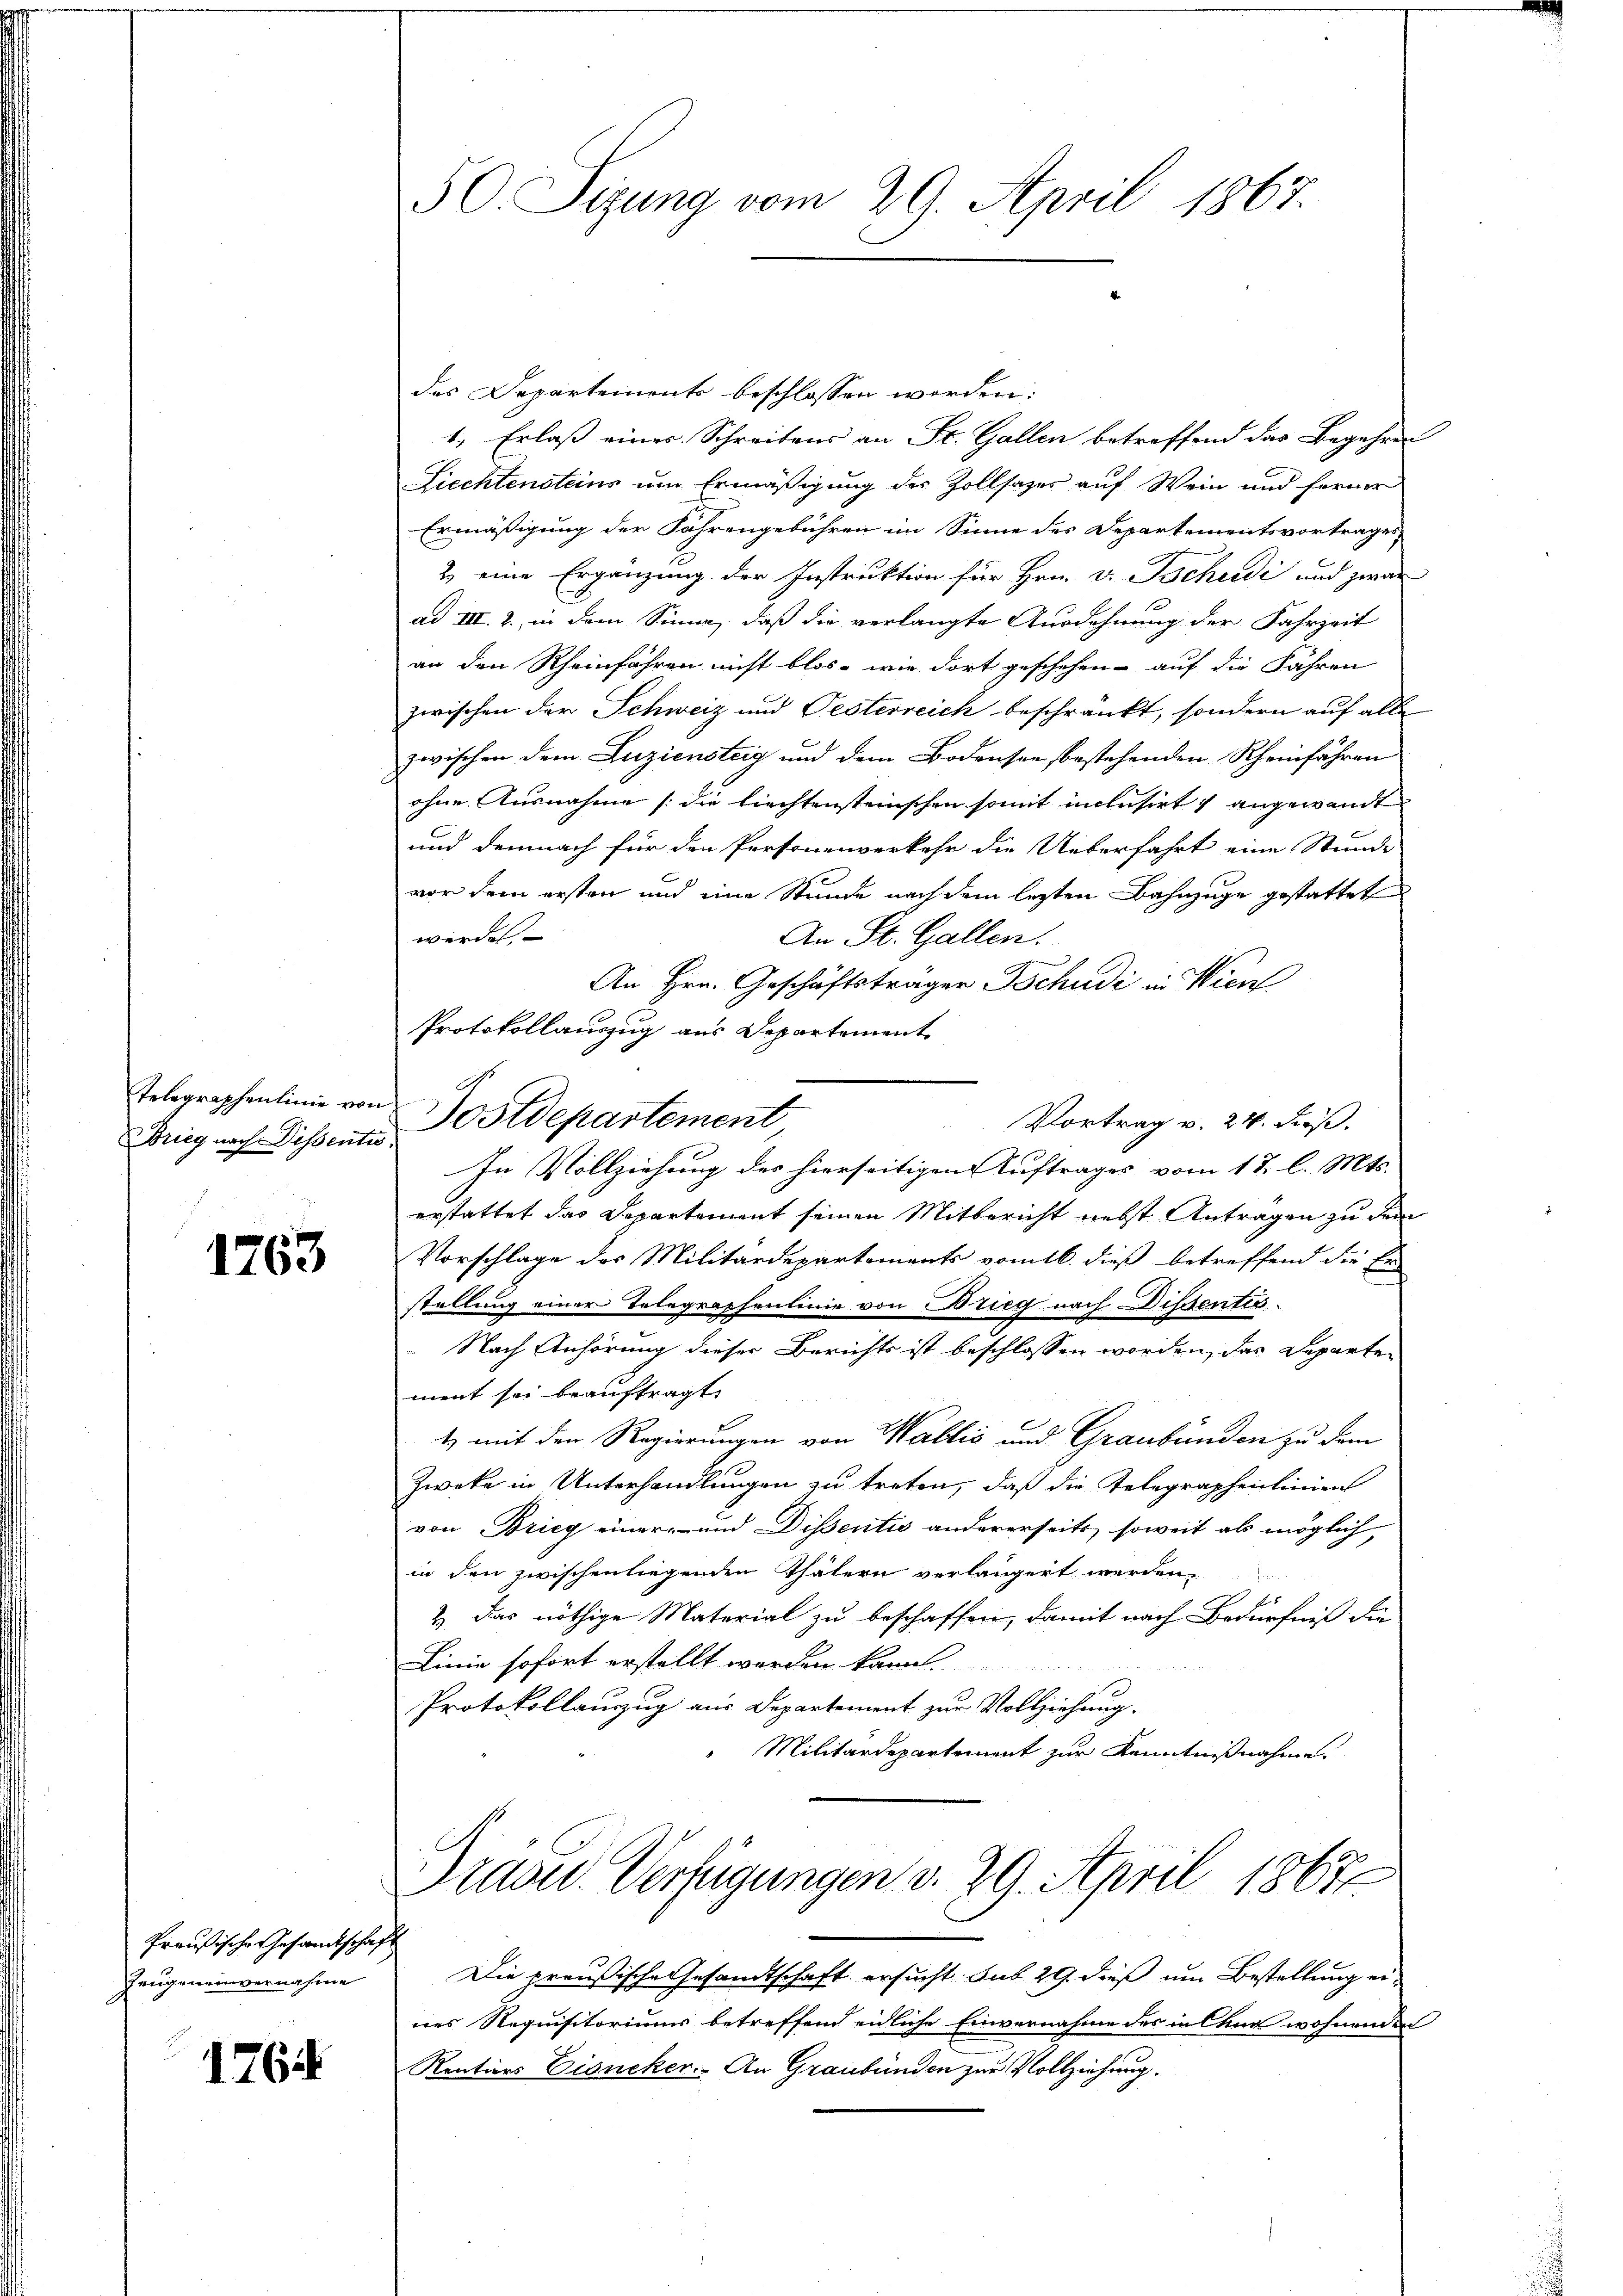
Brieg nach Dissent

1763

Preußische Gesandtschaft
Zeugeneinvernahme

1764

des Departements beschlossen worden:
1., Erlaß eines Schreibens an St. Gallen betreffend das Begehren
Liechtensteins um Ermäßigung des Zollsazes auf Wein und ferner
Ermäßigung der Jahrengebühren im Sinne des Departementsvortrages
2. eine Ergänzung der Instruktion für Hrn. v. Tschudi und zwar
ad III. 2., in dem Sinne, daß die verlangte Ausdehnung der Fahrzeit
an den Rheinfahren nicht blos - wie dort geschehen - auf die Fähren
zwischen der Schweiz und Pesterreich beschränkt, sondern auf alle
zwischen dem Luziensteig und dem Bodensee bestehenden Rheinfahren
ohne Ausnahme (die liechtensteinschen somit molisirt angewandt
und demnach für den Personenverkehr die Ueberfahrt eine Stunde
vor dem ersten und eine Stunde nach dem lezten Bahnzüge gestattet
werden
An St. Gallen.
An Hrn. Geschäftsträger Tschudi in Wien
Vortrag v. 24. Fuß.
u
In Vollziehung des hierseitigen Auftrages vom 17. l. Mts.
erstattet das Departement seinen Mitbericht nebst Antragen zu dem
Vorschlage des Militärdepartements vom 16. dieß betreffend die Er
stellung einer Telegraphenlinie von Brieg nach Dissentis
Nach Anhörung dieser Berichts ist beschlossen worden, das Departe
ment sei beauftragt,
1 mit den Regierungen von Wallić und Graubünden zu dem
Zweke in Unterhandlungen zu treten, daß die Telegraphenlinien
von Brieg einer und Dissentis andererseits, soweit als möglich
in den zwischen liegenden Thätern verlängert werden,
p
2) Das nöthige Material zu beschaffen, damit nach Bedürfniß die
Linie sofort erstellt worden kann
Protokollauszug aus Departement zur Vollziehung.
Militärdepartement zur Kenntnißnahme.
Drasu Verfügungen d. 29. April 1867
Die preußische Gesandtschaft ersucht. sub 29. dieß um Bestellung eines Requisitoriums betreffend eidliche Einvernahme des in Chur wohnenden
Kontiers Eisneker. An Graubünden zur Vollziehung.

50. Sizung vom 29. April 1867

Protokollauszug aus Departement

Telegraphenlinie von Postdepartement